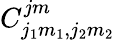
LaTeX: C_{j_{1}m_{1},j_{2}m_{2}}^{jm}